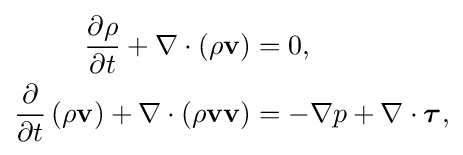
{\begin{aligned}{\frac {\partial \rho }{\partial t}}+\nabla \cdot \left(\rho \mathbf {v} \right)&=0,\\{\frac {\partial }{\partial t}}\left(\rho \mathbf {v} \right)+\nabla \cdot (\rho \mathbf {v} \mathbf {v} )&=-\nabla p+\nabla \cdot {\boldsymbol {\tau }},\end{aligned}}